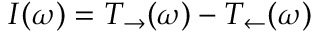
I ( \omega ) = T _ { \rightarrow } ( \omega ) - T _ { \leftarrow } ( \omega )